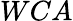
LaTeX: WCA